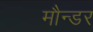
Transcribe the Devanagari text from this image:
मौन्डर